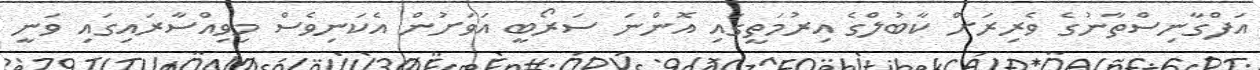
އަފްގާނިސްތާނުގެ ވެރިރަށް ކާބުލްގެ އިރުމަތީގައި އޮންނަ ސަރޯބީ އަވަށުން އެކަނިވެސް މިވިއްސާރައިގައި ވަނީ